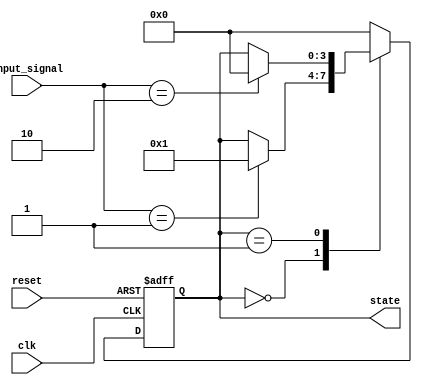
module ResetCondition(
    input wire clk,               // Clock signal
    input wire reset,             // Active-high reset signal
    input wire [3:0] input_signal, // Other input signals
    output reg [3:0] state       // Output representing the state of the system
);

// State definition
localparam [3:0] INITIAL_STATE = 4'b0000;
localparam [3:0] OPERATIONAL_STATE = 4'b0001;
// Additional states can be defined here as needed

// Always block for synchronous reset
always @(posedge clk or posedge reset) begin
    if (reset) begin
        // Reset condition: initialize the internal state
        state <= INITIAL_STATE; // Set to predefined initial state
    end else begin
        // Normal operational behavior
        // Example state transition based on input_signal
        case (state)
            INITIAL_STATE: begin
                if (input_signal == 4'b0001) begin
                    state <= OPERATIONAL_STATE; // Transition to operational state
                end
            end
            OPERATIONAL_STATE: begin
                // Define other state transitions here as needed
                // For example: 
                if (input_signal == 4'b0010) begin
                    state <= INITIAL_STATE; // Transition back to initial state
                end
            end
            default: begin
                state <= INITIAL_STATE; // Default to initial state for safety
            end
        endcase
    end
end

endmodule